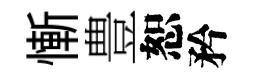
慚豊恕矜